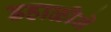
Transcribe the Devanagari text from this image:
डहाळीने